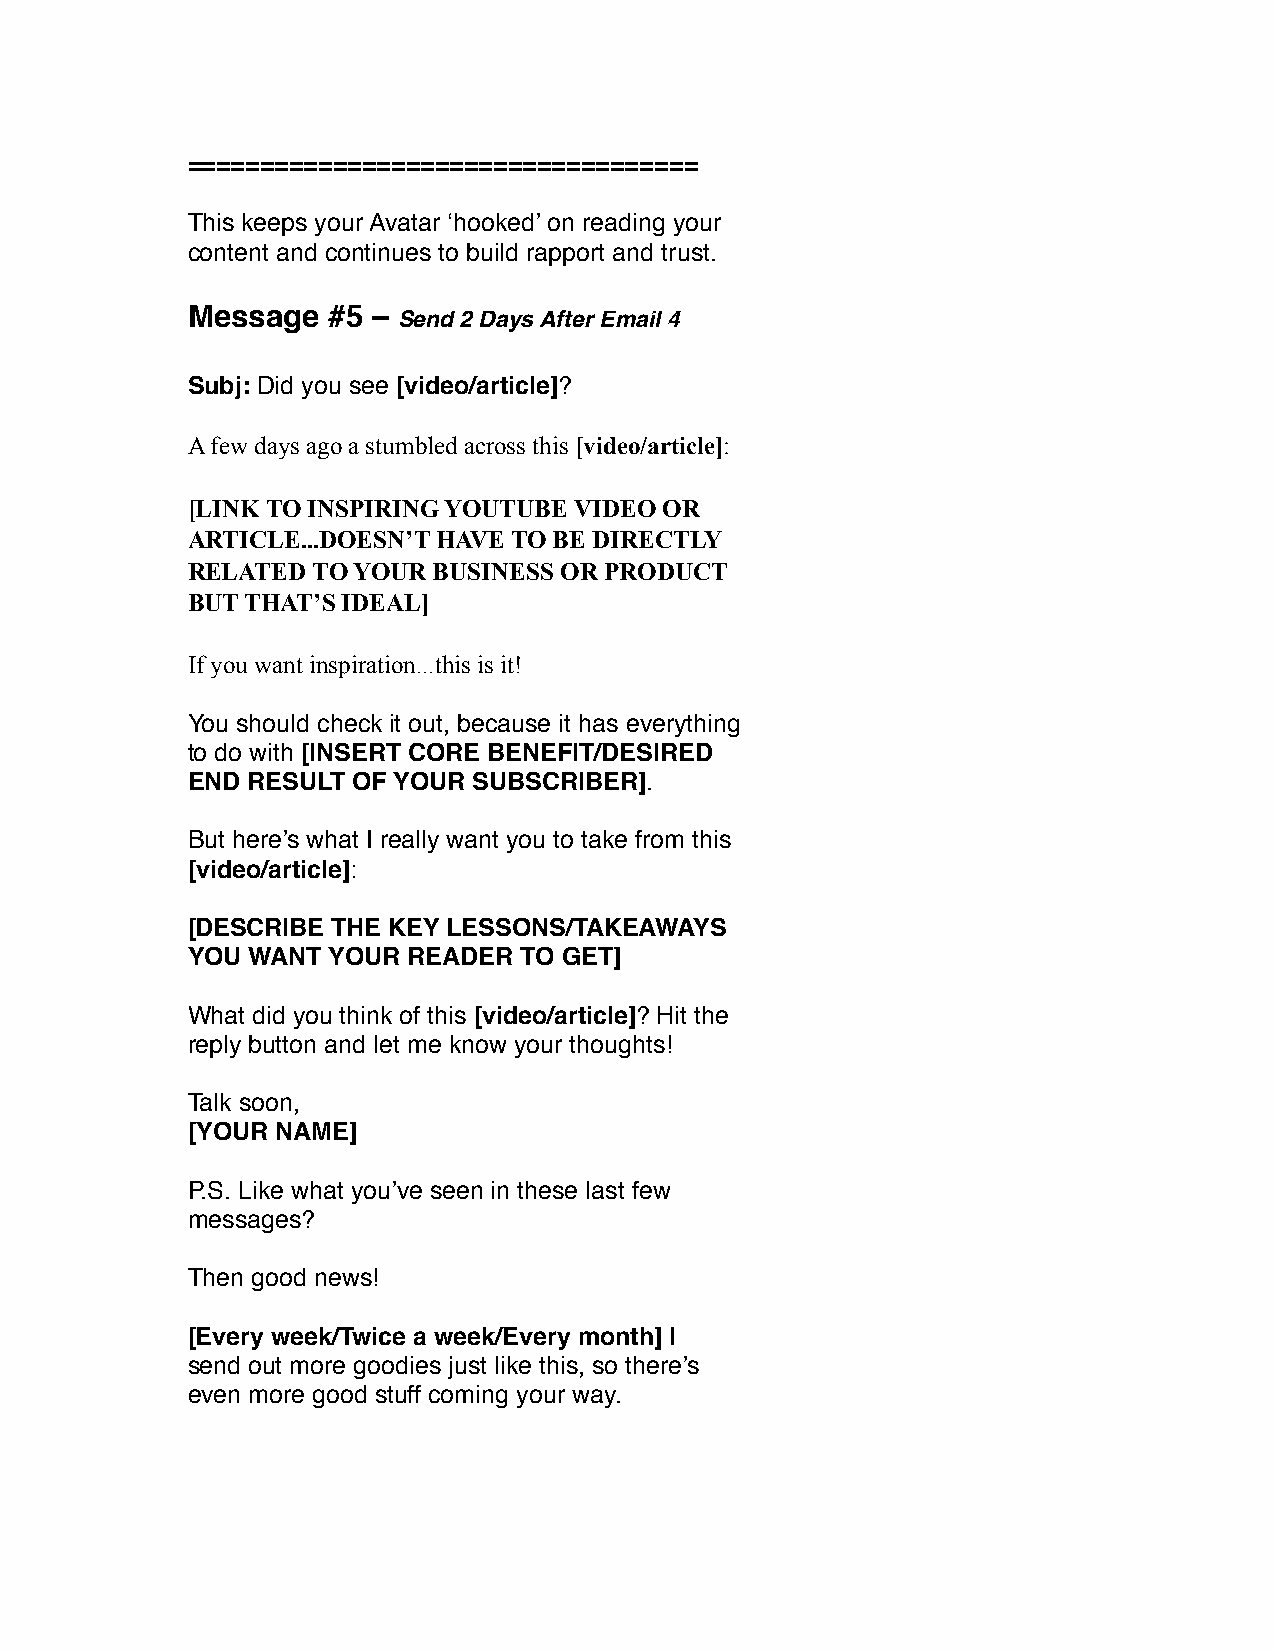
===================================
 This keeps your Avatar ‘hooked’ on reading your
 content and continues to build rapport and trust.
 Message   #5 –
 Send 2 Days After Email 4
 Subj: Did you see [video/article]?
 A few days ago a stumbled across this [video/article]:
 [LINK TO INSPIRING YOUTUBE VIDEO OR
 ARTICLE...DOESN’T HAVE TO BE DIRECTLY
 RELATED  TO YOUR BUSINESS OR PRODUCT
 BUT THAT’S IDEAL]
 If you want inspiration...this is it!
 You should check it out, because it has everything
 to do with [INSERT CORE BENEFIT/DESIRED
 END RESULT OF YOUR SUBSCRIBER].
 But here’s what I really want you to take from this
 [video/article]:
 [DESCRIBE THE KEY LESSONS/TAKEAWAYS
 YOU WANT  YOUR READER TO GET]
 What did you think of this [video/article]? Hit the
 reply button and let me know your thoughts!
 Talk soon,
 [YOUR NAME]
 P.S. Like what you’ve seen in these last few
 messages?
 Then good news!
 [Every week/Twice a week/Every month] I
 send out more goodies just like this, so there’s
 even more good stuff coming your way.